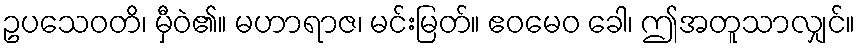
ဥပသေဝတိ၊ မှီဝဲ၏။ မဟာရာဇ၊ မင်းမြတ်။ ဧဝမေဝ ခေါ၊ ဤအတူသာလျှင်။